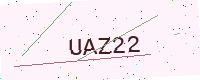
Text: UAZ22